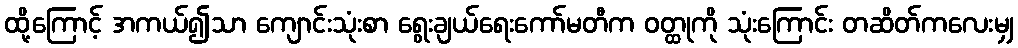
ထို့ကြောင့် အကယ်၍သာ ကျောင်းသုံးစာ ရွေးချယ်ရေးကော်မတီက ဝတ္ထုကို သုံးကြောင်း တဆိတ်ကလေးမျှ